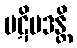
ပဋိပဒန္တိ